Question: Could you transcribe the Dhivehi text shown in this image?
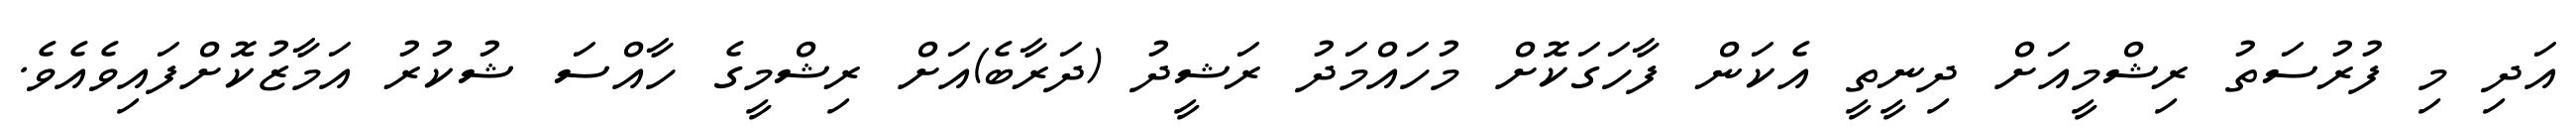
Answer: އަދި މި ފުރުސަތު ރިޝްމީއަށް ދިނީތީ އެކަން ފާހަގަކޮށް މުހައްމަދު ރަޝީދު (ދަރާބެ)އަށް ރިޝްމީގެ ހާއްސަ ޝުކުރު އަމާޒުކޮށްފައިވެއެވެ.